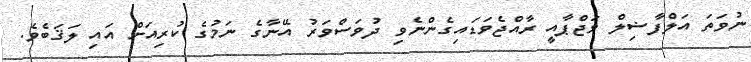
ނުވަތަ އަލްފާޟިލް ވަޖްޕާއީ ރާއްޖެވަޑައިގެންނެވި ދުވަސްވަރު އޭނާގެ ނަމުގެ ކުރިއަށް އައި ލަޤަބެވެ.